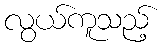
လွယ်ကူသည့်